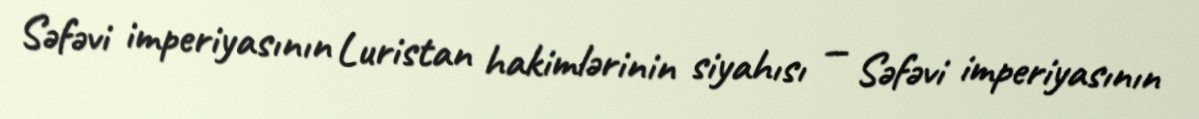
Səfəvi imperiyasının Luristan hakimlərinin siyahısı — Səfəvi imperiyasının